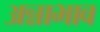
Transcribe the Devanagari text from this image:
अन्नाभाव